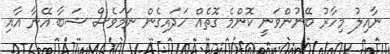
ނާއިލު މިހާރު ބޭނުންވަނީ ކޮންމެ ގޮތެއް ހަދައިގެން ނަމަވެސް ޝަބާ އޭނާ އާއި